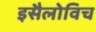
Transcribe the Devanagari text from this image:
इसैलोविच